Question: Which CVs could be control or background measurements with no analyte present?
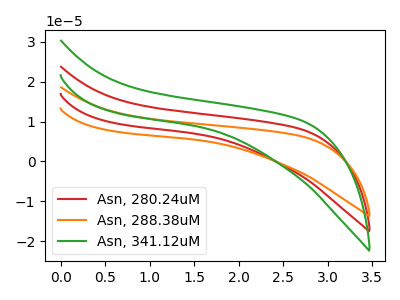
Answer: <think>The red curve "Asn, 280.24uM" has no peaks. The orange curve "Asn, 288.38uM" has no peaks. The green curve "Asn, 341.12uM" has no peaks.</think>
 <answer>"Asn, 280.24uM", "Asn, 288.38uM" and "Asn, 341.12uM" are likely to be blanks.</answer>
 <eval>"Asn, 280.24uM", "Asn, 288.38uM", "Asn, 341.12uM"</eval>